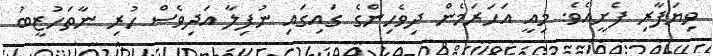
ވިޔަފާރި ފެށީއެވެ. މިއީ އަހަރަމެން ދިވެހިންގެ ގައިގައި ނުފިލާ އަދިވެސް ހުރި ނާތަހުޒީބު